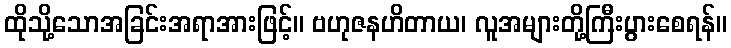
ထိုသို့သောအခြင်းအရာအားဖြင့်။ ဗဟုဇနဟိတာယ၊ လူအများတို့ကြီးပွားစေရန်။